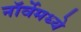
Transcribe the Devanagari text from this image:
नॉर्वेमध्ये